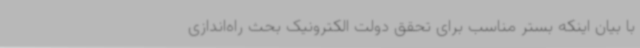
با بیان اینکه بستر مناسب برای تحقق دولت الکترونیک بحث راه‌اندازی